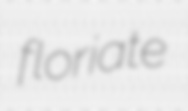
floriate